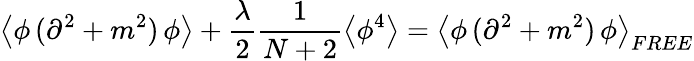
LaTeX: \left<\phi\, (\partial^{2}+m^{2})\, \phi\right>+\frac{\lambda}{2}\frac{1}{N+2}\left<\phi^{4}\right>=\left<\phi\, (\partial^{2}+m^{2})\, \phi\right>_{FREE}